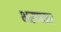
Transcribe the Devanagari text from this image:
भरणकर